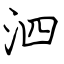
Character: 泗